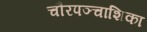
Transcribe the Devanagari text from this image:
चौरपञ्चाशिका